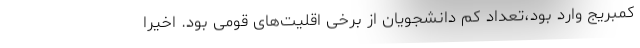
کمبریج وارد بود،‌تعداد کم دانشجویان از برخی اقلیت‌های قومی بود. اخیرا